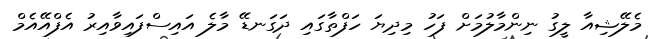
މެލޭޝިއާ ލީގު ނިންމާލުމަށް ފަހު މިދިޔަ ހަފްތާގައި ދަގަނޑޭ މާލެ އައިސްފައިވާއިރު އެފްއޭއެމް